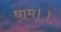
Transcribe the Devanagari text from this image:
धाम।।